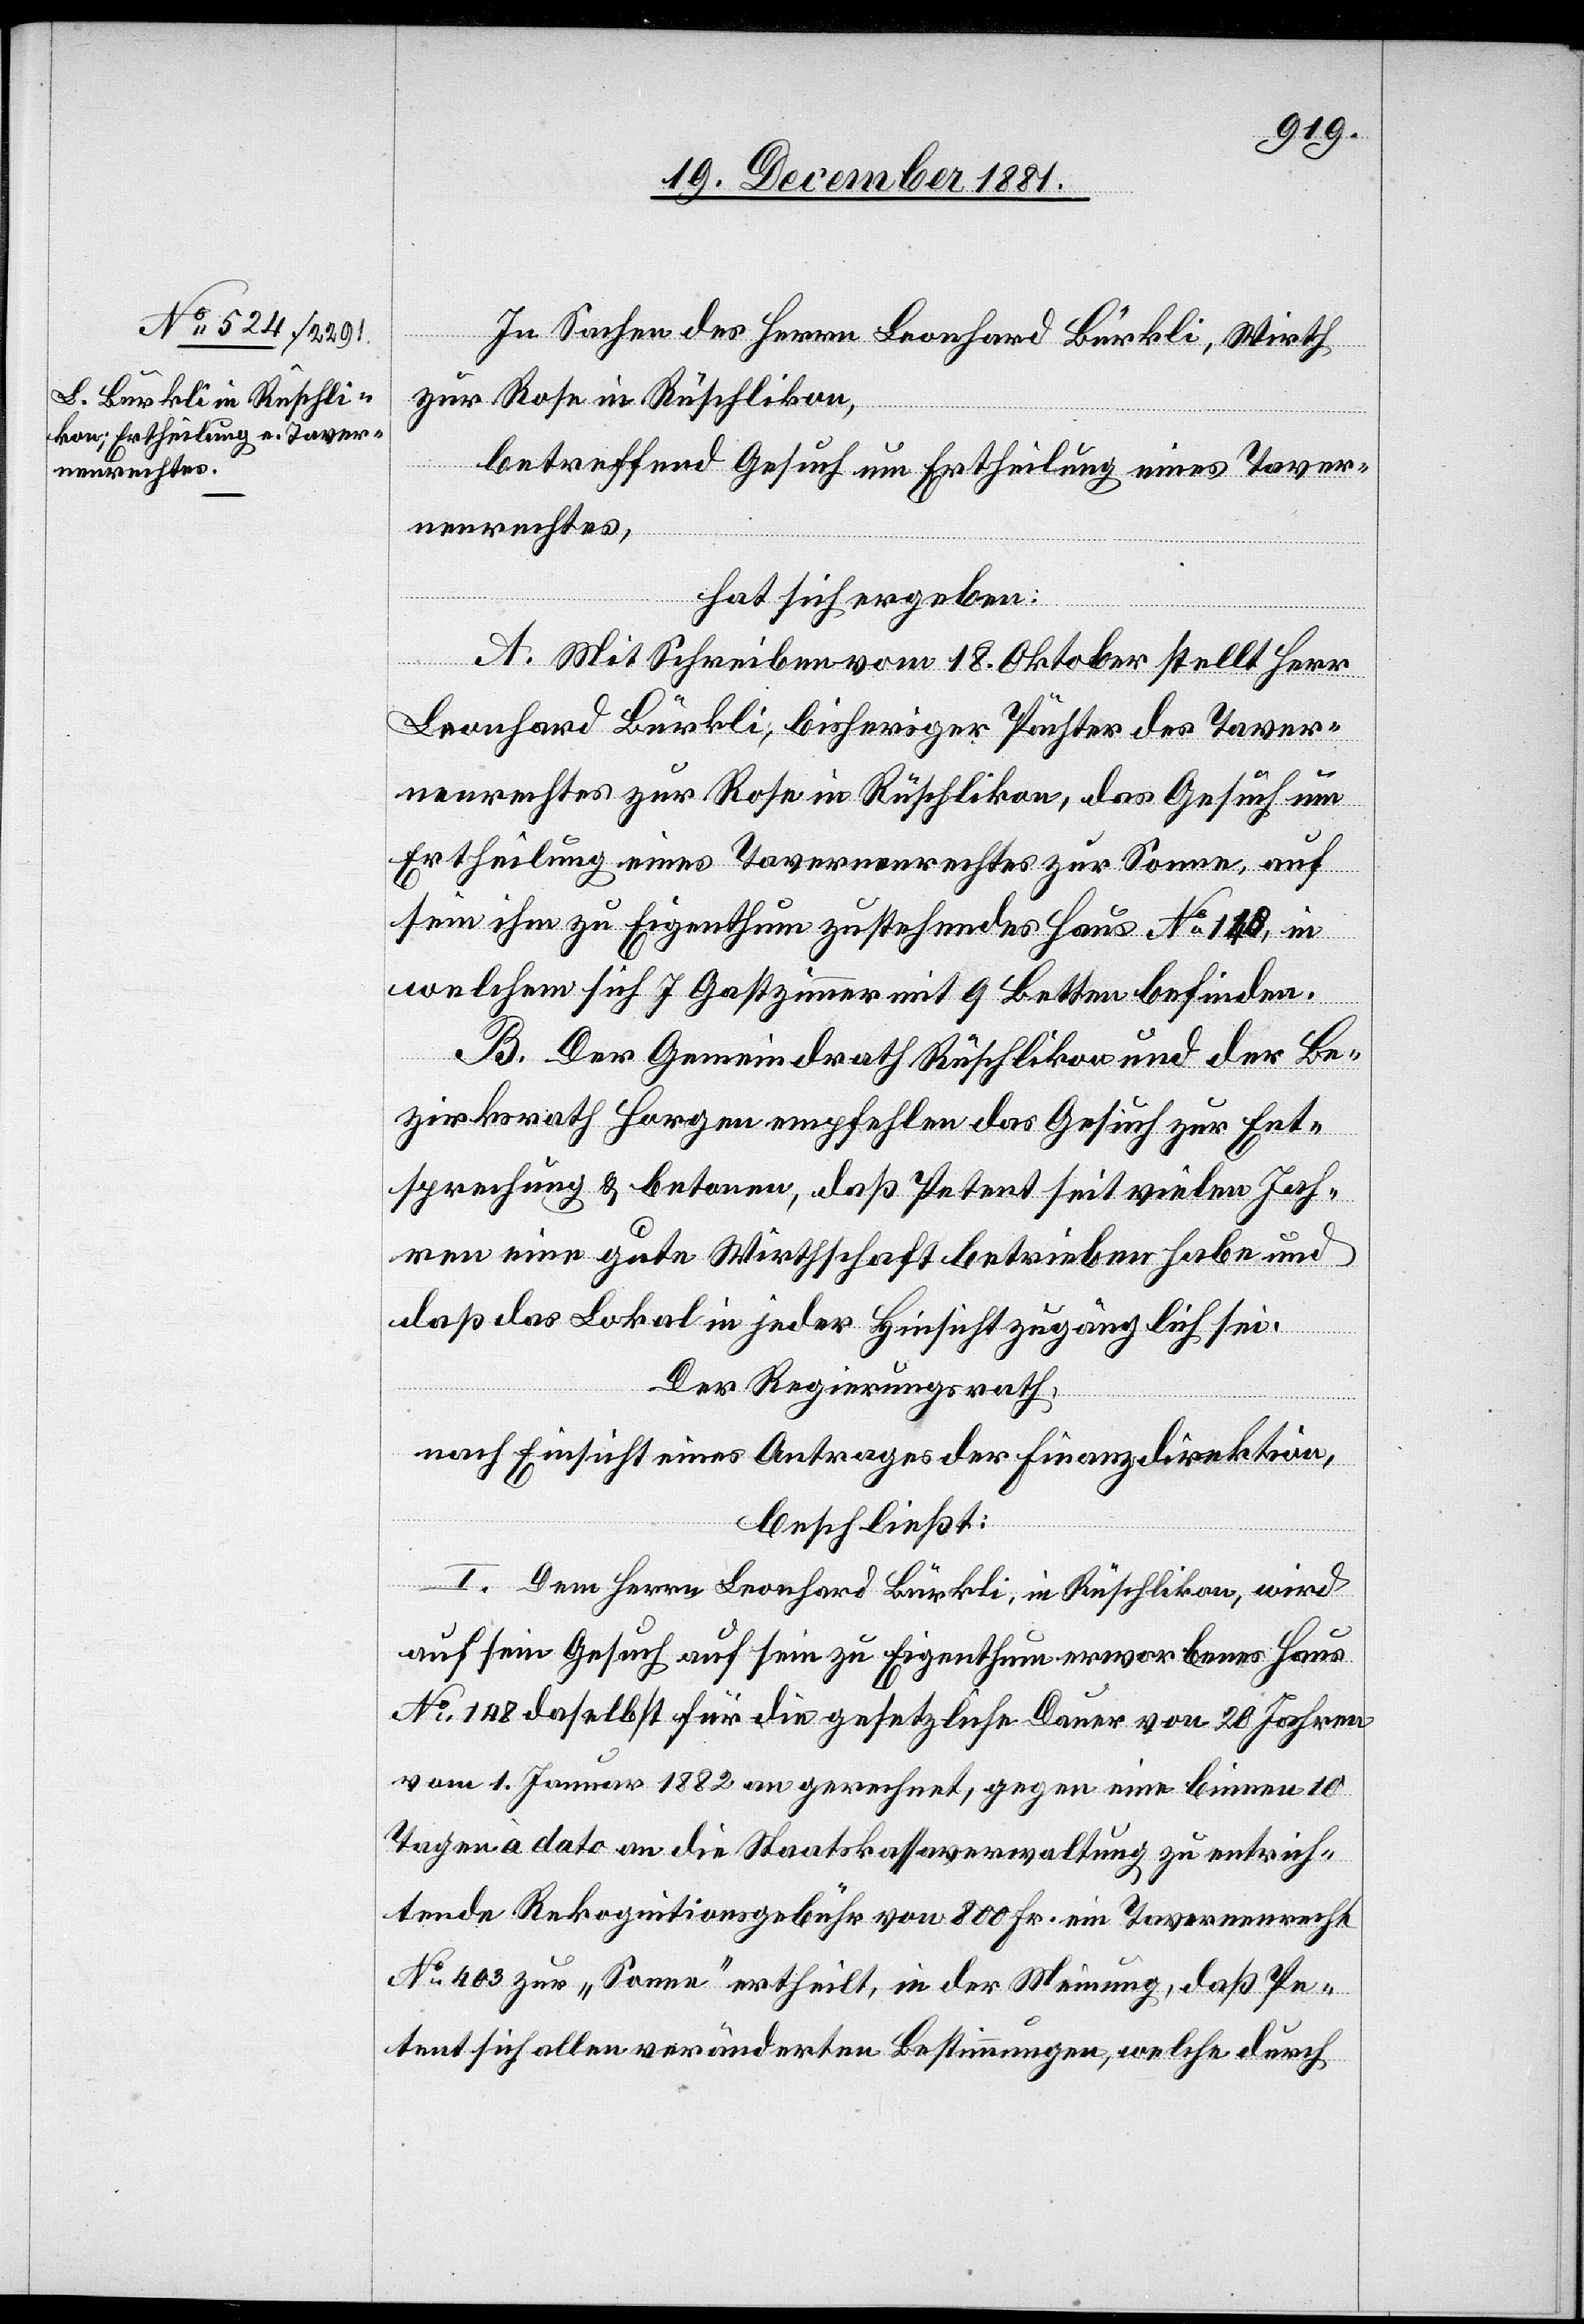
In Sachen des Herrn Leonhard Bürkli, Wirth
zur Rose in Rüschlikon,
betreffend Gesuch um Ertheilung eines Taver¬
nenrechtes,
hat sich ergeben:
A. Mit Schreiben vom 18. Oktober stellt Herr
Leonhard Bürkli, bisheriger Pächter des Taver¬
nenrechtes zur Rose in Rüschlikon, das Gesuch um
Ertheilung eines Tavernenrechtes zur Sonne, auf
sein ihm zu Eigenthum zustehendes Haus No 148 in
welchem sich 7 Gastzimmer mit 9 Betten befinden.
B. Der Gemeindrath Rüschlikon und der Be¬
zirksrath Horgen empfehlen das Gesuch zur Ent¬
sprechung & betonen, daß Petent seit vielen Jah¬
ren eine gute Wirtschaft betrieben habe und
daß das Lokal in jeder Hinsicht zugänglich sei.
Der Regierungsrath,
nach Einsicht eines Antrages der Finanzdirektion,
beschließt:
I. Dem Herrn Leonhard Bürkli, in Rüschlikon, wird
auf sein Gesuch auf sein zu Eigenthum erworbenes Haus
No 148 daselbst für die gesetzliche Dauer von 20 Jahren
vom 1. Januar 1882 an gerechnet, gegen ein binnen 10
Tagen à dato an die Staatskassaverwaltung zu entrich¬
tende Rekognitionsgebühr von 800 Fr. ein Tavernenrecht
No 403 zur „Sonne“ ertheilt, in der Meinung, daß Pe¬
tent sich allen veränderten Bestimmungen, welche durch